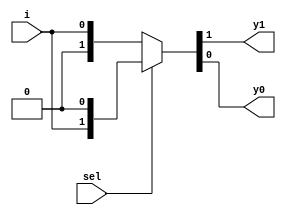
`timescale 1ns / 1ps
//////////////////////////////////////////////////////////////////////////////////
// Company: 
// Engineer: 
// 
// Design Name: 
// Module Name:    universalgate_demux_27 
// Project Name: 
// Target Devices: 
// Tool versions: 
// Description: 
//
// Dependencies: 
//
// Revision: 
// Revision 0.01 - File Created
// Additional Comments: 
//put
//////////////////////////////////////////////////////////////////////////////////
module dmux(input i,sel,output y1,y0);
assign{y1,y0}=sel?{i,1'b0}:{1'b0,i};
endmodule
module universalgate_demux_27(input a,b,output ynand,ynor);
wire[3:0]w;
dmux d1(b,a,w1,w0);
dmux d2(w1,1'b1,w2,ynand);

dmux d3(b,~a,w3,ynor);

endmodule